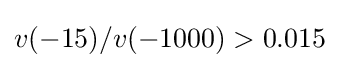
v(-15)/v(-1000)>0.015